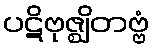
ပဋိဗုဇ္ဈိတဗ္ဗံ